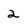
Character: 2